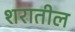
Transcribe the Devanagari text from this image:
शरातील